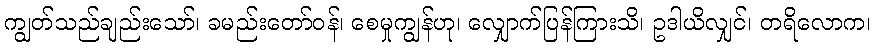
ကျွတ်သည်ချည်းသော်၊ ခမည်းတော်ဝန်၊ စေမှုကျွန်ဟု၊ လျှောက်ပြန်ကြားသိ၊ ဥဒါယိလျှင်၊ တရိလောက၊